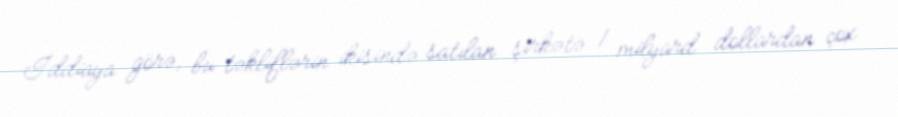
İddiaya görə, bu təkliflərin ikisində satılan şirkətə 1 milyard dollardan çox